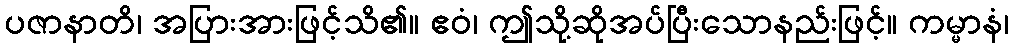
ပဇာနာတိ၊ အပြားအားဖြင့်သိ၏။ ဧဝံ၊ ဤသို့ဆိုအပ်ပြီးသောနည်းဖြင့်။ ကမ္မာနံ၊